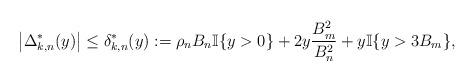
LaTeX: \begin{align*}\big|\Delta^*_{k,n}(y)\big|\leq\delta^*_{k,n}(y):= \rho_nB_n\mathbb{I}\{y>0\} +2y\frac{B_m^2}{B_n^2}+y\mathbb{I}\{y>3B_m\},\end{align*}